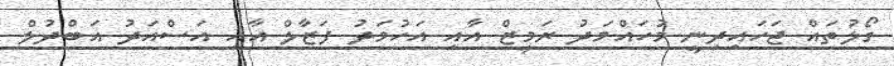
ގޯލުތައް ޖަހައިދިނީ މުހައްމަދު ރަމީޒް އާއި އަހުމަދު ފަޒާލް އާއި އަސްއަދު އަބްދުލް